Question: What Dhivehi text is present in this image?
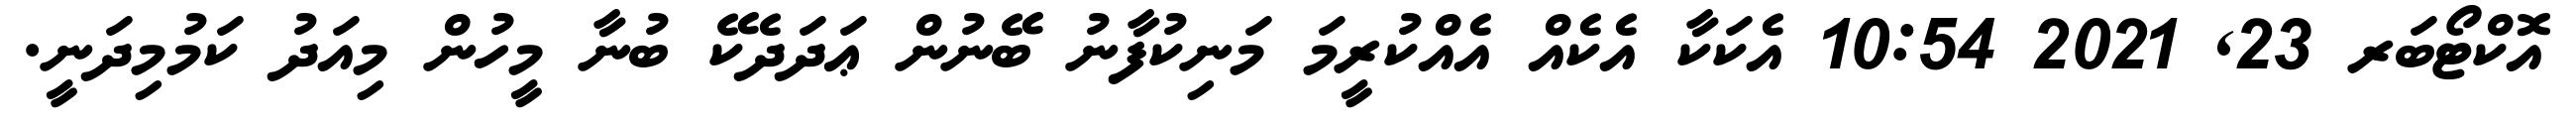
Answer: އޮކްޓޯބަރ 23, 2021 10:54 އެކަކާ އެކެއް އެއްކުރީމަ މަނިކުފާނު ބޭނުން ޢަދަދެކޭ ބުނާ މީހުން މިއަދު ކަމުމިދަނީ.